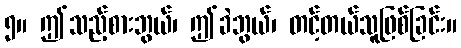
၅။ ဤသည့်စားဘွယ်၊ ဤခဲဘွယ်၊ တင့်တယ်သူဖြစ်ခြင်း။